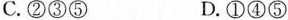
C.②③⑤ D.①④⑤